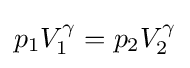
p_{1}V_{1}^{\gamma }=p_{2}V_{2}^{\gamma }